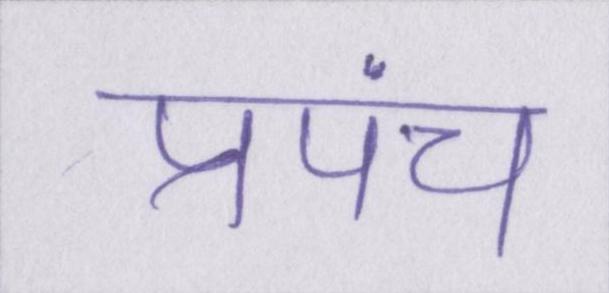
प्रपंच